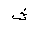
Letter: _tha